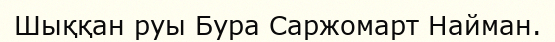
Шыққан руы Бура Саржомарт Найман.